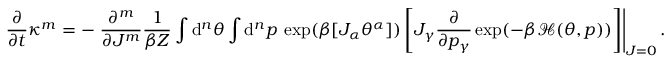
\frac { \partial } { \partial t } \kappa ^ { m } = - \left. \frac { \partial ^ { m } } { \partial J ^ { m } } \frac { 1 } { \beta Z } \int \mathrm { d } ^ { n } \theta \int \mathrm { d } ^ { n } p \: \exp ( \beta [ J _ { \alpha } \theta ^ { \alpha } ] ) \left[ J _ { \gamma } \frac { \partial } { \partial p _ { \gamma } } \exp ( - \beta \mathcal { H } ( \theta , p ) ) \right] \right| _ { J = 0 } .